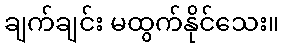
ချက်ချင်း မထွက်နိုင်သေး။